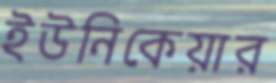
ইউনিকেয়ার